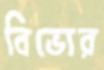
বিভোর